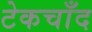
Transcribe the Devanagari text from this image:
टेकचाँद